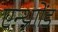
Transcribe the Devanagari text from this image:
एन्थ्राोंड